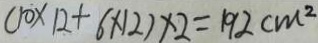
( 1 0 \times 1 2 + 6 \times 1 2 ) \times 2 = 1 9 2 c m ^ { 2 }